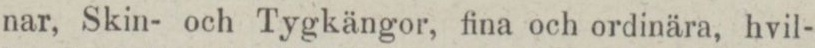
nar, Skin- och Tygkängor, fina och ordinära, hvil-